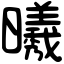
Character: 𣌀